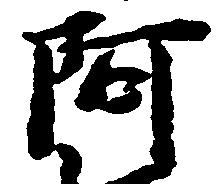
阿